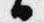
御